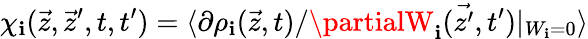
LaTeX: \chi_{\mathbf{i}}(\vec{{z}},\vec{{z}}^{\prime},t,t^{\prime})=\langle\partial\rho_{\mathbf{i}}(\vec{{z}},t)/\partialW_{\mathbf{i}}(\vec{{z^{\prime}}},t^{\prime})|_{W_{\mathbf{i}}=0}\rangle